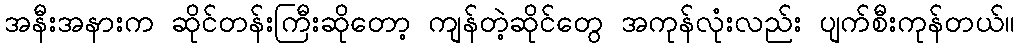
အနီးအနားက ဆိုင်တန်းကြီးဆိုတော့ ကျန်တဲ့ဆိုင်တွေ အကုန်လုံးလည်း ပျက်စီးကုန်တယ်။